Report on vaccination in Madras 1895-1903 - 1895-1903
Year: 1895
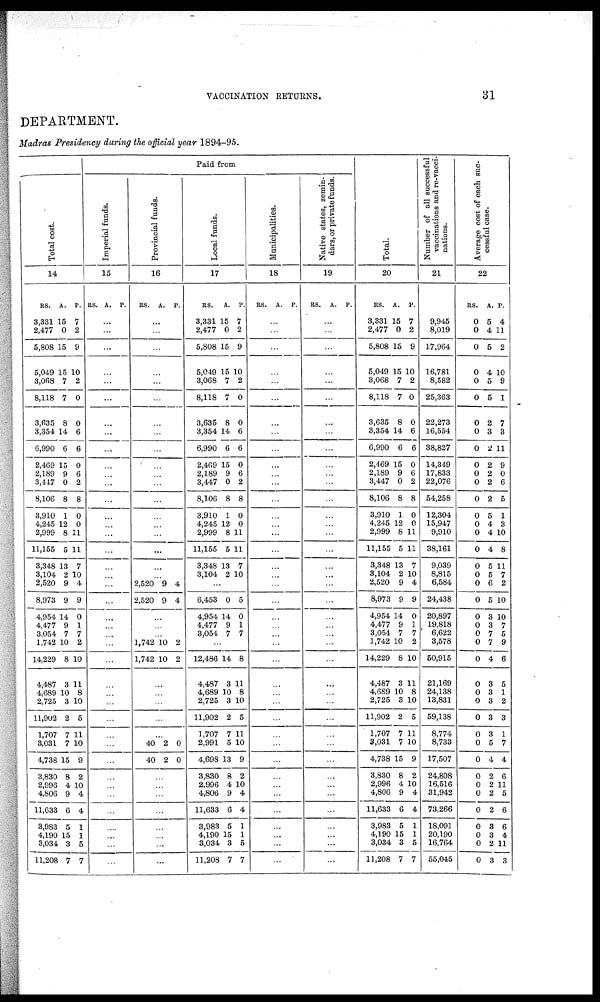
VACCINATION RETURNS.
31
DEPARTMENT.
Madras Presidency during the official year 1894-95.
Total cost.
14
RS.
3,331
2,477
5,808
5,049
3,068
8,118
3,635
3,354
6,990
2,469
2,189
3,447
8,106
3,910
4,245
2,999
11,155
3,348
3,104
2,520
8,973
4,954
4,477
3,054
1,742
14,229
4,487
4,689
2,725
11,902
1,707
3,031
4,738
3,830
2,996
4,806
11,633
3,983
4,190
3,034
11,208
A.
15
0
15
15
7
7
8
14
6
15
9
0
8
1
12
8
5
13
2
9
9
14
9
7
10
8
3
10
3
2
7
7
15
8
4
9
6
5
15
3
7
P.
7
2
9
10
2
0
0
6
6
0
6
2
8
0
0
11
11
7
10
4
9
0
1
7
2
10
11
8
10
5
11
10
9
2
10
4
4
1
1
5
7
Paid from
Imperial funds.
15
RS. A. P.
...
...
...
...
...
...
...
...
...
...
...
...
...
...
...
...
...
...
...
...
...
...
...
...
...
...
...
...
...
...
...
...
...
...
...
...
...
...
...
...
...
Provincial funds.
16
RS. A. P.
...
...
...
...
...
...
...
...
...
...
...
...
...
...
...
...
...
...
...
2,520
2,520
9
9
4
4
...
...
...
1,742
1,742
10
10
2
2
...
...
...
...
...
40
40
2
2
0
0
...
...
...
...
...
...
...
...
Local funds.
17
RS.
3,331
2,477
5,808
5,049
3,068
8,118
3,635
3,354
6,990
2,469
2,189
3,447
8,106
3,910
4,245
2,999
11,155
3,348
3,104
A.
15
0
15
15
7
7
8
14
6
15
9
0
8
1
12
8
5
13
2
P.
7
2
9
10
2
0
0
6
6
0
6
2
8
0
0
11
11
7
10
...
6,453
4,954
4,477
3,054
0
14
9
7
5
0
1
7
...
12,486
4,487
4,689
2,725
11,902
1,707
2,991
4,698
3,830
2,996
4,806
11,633
3,983
4,190
3,034
11,208
14
3
10
3
2
7
5
13
8
4
9
6
5
15
3
7
8
11
8
10
5
11
10
9
2
10
4
4
1
1
5
7
Municipalities.
18
RS. A. P.
...
...
...
...
...
...
...
...
...
...
...
...
...
...
...
...
...
...
...
...
...
...
...
...
...
...
...
...
...
...
...
...
...
...
...
...
...
...
...
...
...
Nat i
ve states, zemin-
dars, or pr i vat e f unds.
19
RS. A. P.
...
...
...
...
...
...
...
...
...
...
...
...
...
...
...
...
...
...
...
...
...
...
...
...
...
...
...
...
...
...
...
...
...
...
...
...
...
...
...
...
...
Total.
20
RS.
3,331
2,477
5,808
5,049
3,068
8,118
3,635
3,354
6,990
2,469
2,189
3,447
8,106
3,910
4,245
2,999
11,155
3,348
3,104
2,520
8,973
4,954
4,477
3,054
1,742
14,229
4,487
4,689
2,725
11,902
1,707
3,031
4,738
3,830
2,996
4,806
11,633
3,983
4,190
3,034
11,208
A.
15
0
15
15
7
7
8
14
6
15
9
0
8
1
12
8
5
13
2
9
9
14
9
7
10
8
3
10
3
2
7
7
15
8
4
9
6
5
15
3
7
P.
7
2
9
10
2
0
0
6
6
0
6
2
8
0
0
11
11
7
10
4
9
0
1
7
2
10
11
8
10
5
11
10
9
2
10
4
4
1
1
5
7
Number of all successful
vaccinations and re-vacci-
nations.
21
9,945
8,019
17,964
16,781
8,582
25,363
22,273
16,554
38,827
14,349
17,833
22,076
54,258
12,304
15,947
9,910
38,161
9,039
8,815
6,584
24,438
20,897
19,818
6,622
3,578
50,915
21,169
24,138
13,831
59,138
8,774
8,733
17,507
24,808
16,516
31,942
73,266
18,091
20,190
16,764
55,045
Average cost of each suc-
cessful case.
22
RS.
0
0
0
0
0
0
0
0
0
0
0
0
0
0
0
0
0
0
0
0
0
0
0
0
0
0
0
0
0
0
0
0
0
0
0
0
0
0
0
0
0
A
5
4
5
4
5
5
2
3
2
2
2
2
2
5
4
4
4
5
5
6
5
3
3
7
7
4
3
3
3
3
3
5
4
2
2
2
2
3
3
2
3
. P.
4
11
2
10
9
1
7
3
11
9
0
6
5
1
3
10
8
11
7
2
10
10
7
5
9
6
5
1
2
3
1
7
4
6
11
5
6
6
4
11
3